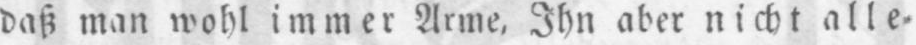
daß man wohl immer Arme, Ihn aber nicht alle⸗